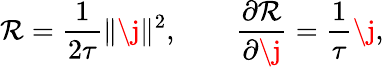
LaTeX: \mathcal{R}=\frac{1}{2\tau}\| \j\| ^{2},\qquad\frac{\partial\mathcal{R}}{\partial\j}=\frac{1}{\tau}\j,